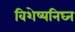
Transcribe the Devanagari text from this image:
विशेष्यनिघ्न